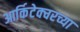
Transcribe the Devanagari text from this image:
आर्किटेक्चरच्या